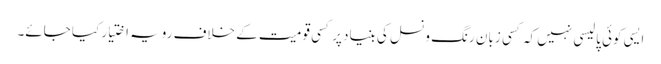
ایسی کوئی پالیسی نہیں کہ کسی زبان رنگ و نسل کی بنیاد پر کسی قومیت کے خلاف رویہ اختیار کیا جائے۔